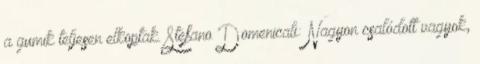
a gumik teljesen elkoptak. Stefano Domenicali: Nagyon csalódott vagyok,